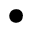
\bullet